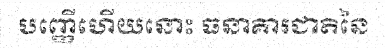
បញ្ញើហើយនោះ ធនាគារជាតិនៃ